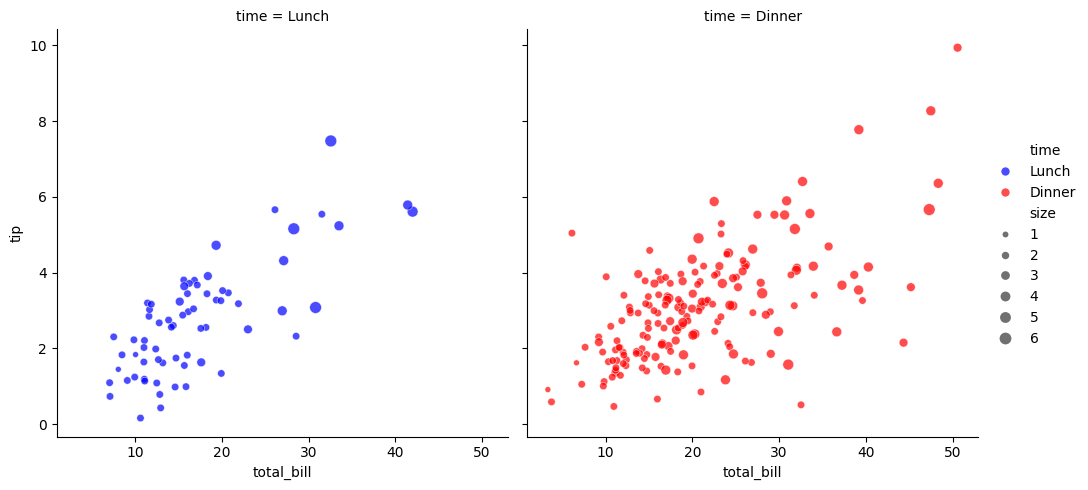
python, seaborn, relplot, alpha=0.7